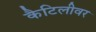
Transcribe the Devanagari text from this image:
कैटिलीवर